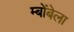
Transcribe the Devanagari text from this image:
म्बोंबेला